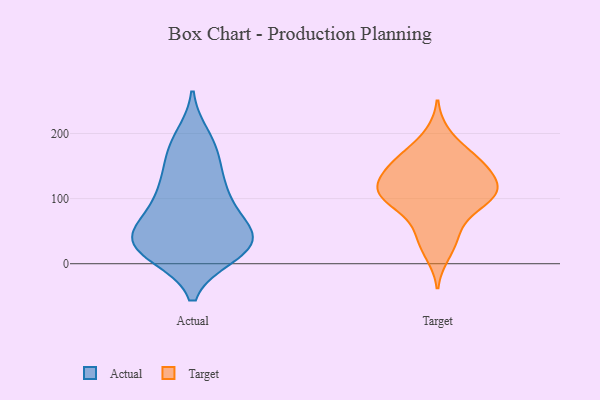
{"axis": {"x": "Satisfaction Score", "y": "Value"}, "legend": ["Actual", "Target"], "data": [{"x": "", "y": 117, "type": "Actual"}, {"x": "", "y": 34, "type": "Actual"}, {"x": "", "y": 67, "type": "Actual"}, {"x": "", "y": 149, "type": "Actual"}, {"x": "", "y": 168, "type": "Actual"}, {"x": "", "y": 194, "type": "Actual"}, {"x": "", "y": 106, "type": "Actual"}, {"x": "", "y": 14, "type": "Actual"}, {"x": "", "y": 36, "type": "Actual"}, {"x": "", "y": 88, "type": "Actual"}, {"x": "", "y": 16, "type": "Actual"}, {"x": "", "y": 183, "type": "Actual"}, {"x": "", "y": 54, "type": "Actual"}, {"x": "", "y": 47, "type": "Actual"}, {"x": "", "y": 50, "type": "Actual"}, {"x": "", "y": 24, "type": "Actual"}, {"x": "", "y": 18, "type": "Actual"}, {"x": "", "y": 28, "type": "Actual"}, {"x": "", "y": 115, "type": "Actual"}, {"x": "", "y": 45, "type": "Target"}, {"x": "", "y": 132, "type": "Target"}, {"x": "", "y": 111, "type": "Target"}, {"x": "", "y": 112, "type": "Target"}, {"x": "", "y": 101, "type": "Target"}, {"x": "", "y": 159, "type": "Target"}, {"x": "", "y": 94, "type": "Target"}, {"x": "", "y": 155, "type": "Target"}, {"x": "", "y": 170, "type": "Target"}, {"x": "", "y": 157, "type": "Target"}, {"x": "", "y": 93, "type": "Target"}, {"x": "", "y": 74, "type": "Target"}, {"x": "", "y": 39, "type": "Target"}, {"x": "", "y": 114, "type": "Target"}, {"x": "", "y": 199, "type": "Target"}, {"x": "", "y": 146, "type": "Target"}, {"x": "", "y": 14, "type": "Target"}, {"x": "", "y": 113, "type": "Target"}, {"x": "", "y": 124, "type": "Target"}]}